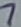
Text: 7